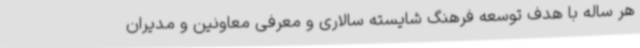
هر ساله با هدف توسعه فرهنگ شایسته سالاری و معرفی معاونین و مدیران